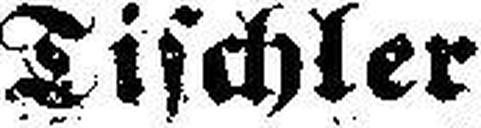
Tischler